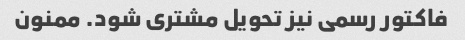
فاکتور رسمی نیز تحویل مشتری شود. ممنون